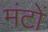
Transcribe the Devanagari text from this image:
मंटों